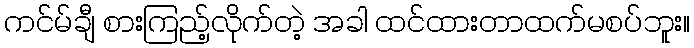
ကင်မ်ချီ စားကြည့်လိုက်တဲ့ အခါ ထင်ထားတာထက်မစပ်ဘူး။